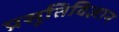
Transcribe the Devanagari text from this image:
प्रसूतिविज्ञान